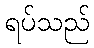
ရပ်သည်